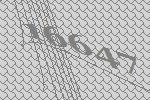
16647